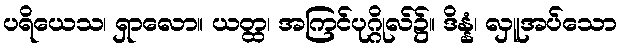
ပရိယေသ၊ ရှာလော။ ယတ္ထ၊ အကြင်ပုဂ္ဂိုလ်၌။ ဒိန္နံ၊ လှူအပ်သော